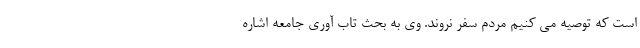
است که توصیه می کنیم مردم سفر نروند. وی به بحث تاب آوری جامعه اشاره